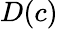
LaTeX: D(c)